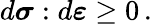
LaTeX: d{\boldsymbol{\sigma}}:d{\boldsymbol{\varepsilon}}\geq 0\, .